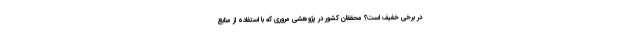
در برخی خفیف است؟ محققان کشور در پژوهشی مروری که با استفاده از منابع